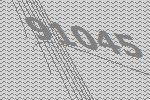
91045